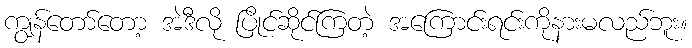
ကျွန်တော်တော့ အဲဒီလို ပြိုင်ဆိုင်ကြတဲ့ အကြောင်းရင်းကိုနားမလည်ဘူး။